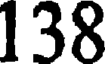
138